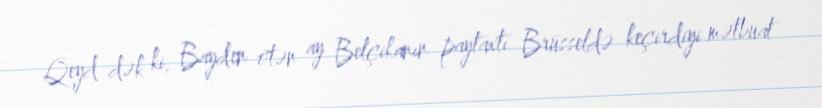
Qeyd dək ki, Bayden ötən ay Belçikanın paytaxtı Brüsseldə keçirdiyi mətbuat